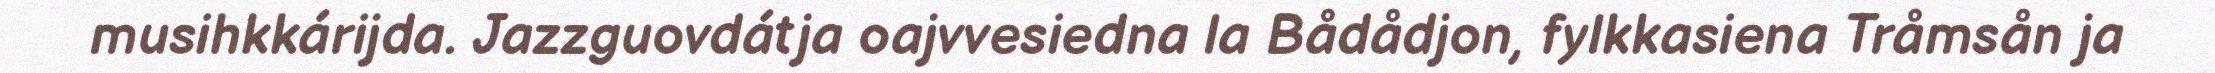
musihkkárijda. Jazzguovdátja oajvvesiedna la Bådådjon, fylkkasiena Tråmsån ja